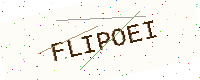
Text: FLIPOEI